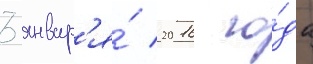
3 январ'я́ 2016 го́да